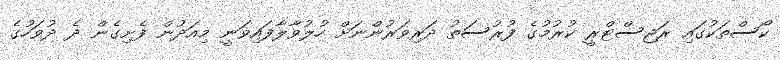
ކޯސްތަކުގައި ރަޖިސްޓްރީ ކުރުމުގެ ފުރުސަތު ދަރިވަރުންނަށް ހުލުވާލާފައިވަނީ މިއަދުން ފެށިގެން ދެ ދުވަހުގެ